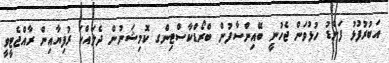
އަބުރުފުޅު ފަންޑު ހުޅުވަން ޖެހުނީ ބޭއިންސާފުން ބްރޯޑްކާސްޓިންގ ކޮމިޝަނުން ދެލައްކަ ރުފިޔާއިން ރާއްޖެޓީވީ